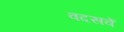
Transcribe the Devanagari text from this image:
वदसवें